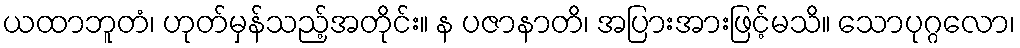
ယထာဘူတံ၊ ဟုတ်မှန်သည့်အတိုင်း။ န ပဇာနာတိ၊ အပြားအားဖြင့်မသိ။ သောပုဂ္ဂလော၊